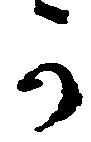
か